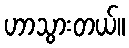
ဟာသွားတယ်။